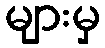
များမှ